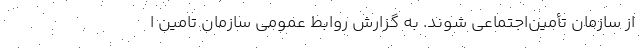
از سازمان تأمین‌اجتماعی شوند. به گزارش روابط عمومی سازمان تامین ا